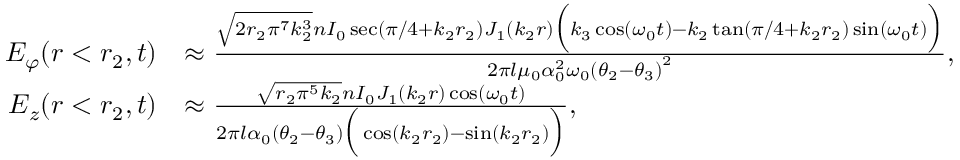
\begin{array} { r l } { E _ { \varphi } ( r < r _ { 2 } , t ) } & { \approx \frac { \sqrt { 2 r _ { 2 } \pi ^ { 7 } k _ { 2 } ^ { 3 } } n I _ { 0 } \sec ( \pi / 4 + k _ { 2 } r _ { 2 } ) J _ { 1 } ( k _ { 2 } r ) \Big ( k _ { 3 } \cos ( \omega _ { 0 } t ) - k _ { 2 } \tan ( \pi / 4 + k _ { 2 } r _ { 2 } ) \sin ( \omega _ { 0 } t ) \Big ) } { 2 \pi l \mu _ { 0 } \alpha _ { 0 } ^ { 2 } \omega _ { 0 } \left( \theta _ { 2 } - \theta _ { 3 } \right) ^ { 2 } } , } \\ { E _ { z } ( r < r _ { 2 } , t ) } & { \approx \frac { \sqrt { r _ { 2 } \pi ^ { 5 } k _ { 2 } } n I _ { 0 } J _ { 1 } ( k _ { 2 } r ) \cos ( \omega _ { 0 } t ) } { 2 \pi l \alpha _ { 0 } ( \theta _ { 2 } - \theta _ { 3 } ) \Big ( \cos ( k _ { 2 } r _ { 2 } ) - \sin ( k _ { 2 } r _ { 2 } ) \Big ) } , } \end{array}